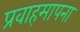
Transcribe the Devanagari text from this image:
प्रवाहमापना